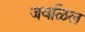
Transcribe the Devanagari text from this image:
जवळिल